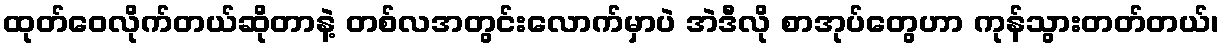
ထုတ်ဝေလိုက်တယ်ဆိုတာနဲ့ တစ်လအတွင်းလောက်မှာပဲ အဲဒီလို စာအုပ်တွေဟာ ကုန်သွားတတ်တယ်၊